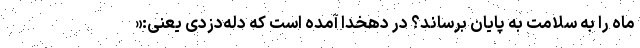
ماه را به سلامت به پایان برساند؟ در دهخدا آمده است که دله‌دزدی یعنی:«